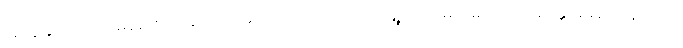
အကျွန်ုပ်သည် မေမေ့ စကားကို ကြားရသော အခါ ဘယ်ရွေ့ ဘယ်မျှ ဝမ်းသာ ကြည်နူးမိမှန်း ပြန် လည်